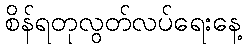
စိန်ရတုလွတ်လပ်ရေးနေ့